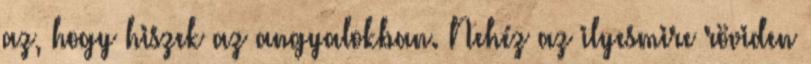
az, hogy hiszek az angyalokban. Nehéz az ilyesmire röviden